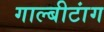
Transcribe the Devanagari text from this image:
गाल्बीटांग